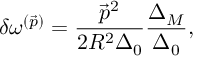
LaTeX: \delta \omega ^ { ( \vec { p } ) } = \frac { \vec { p } ^ { 2 } } { 2 R ^ { 2 } \Delta _ { 0 } } \frac { \Delta _ { M } } { \Delta _ { 0 } } ,